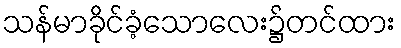
သန်မာခိုင်ခံ့သောလေး၌တင်ထား